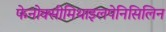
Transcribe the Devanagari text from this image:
फेनोक्सीमिथाइलपेनिसिलिन